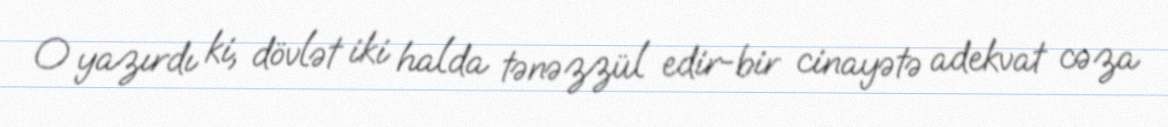
O yazırdı ki, dövlət iki halda tənəzzül edir-bir cinayətə adekvat cəza